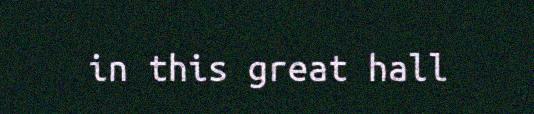
in this great hall